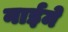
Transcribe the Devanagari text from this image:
नाईमे